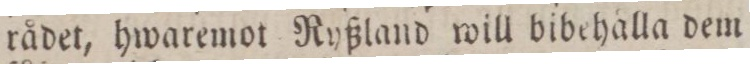
rådet, hwaremot Ryßland will bibehålla dem